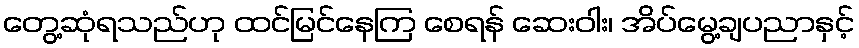
တွေ့ဆုံရသည်ဟု ထင်မြင်နေကြ စေရန် ဆေးဝါး၊ အိပ်မွေ့ချပညာနှင့်